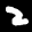
Label: 2